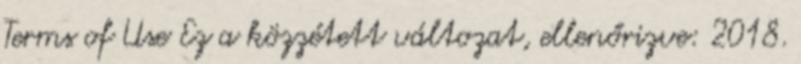
Terms of Use Ez a közzétett változat, ellenőrizve: 2018.